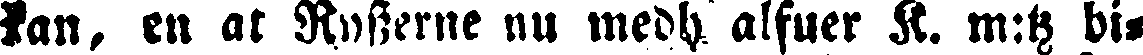
kan, en at Rysserne nu medh alfuer K. m:tz bi-